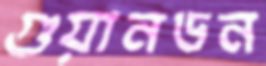
গুয়ানডন